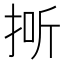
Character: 𱟺